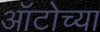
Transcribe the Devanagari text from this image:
ऑटोच्या